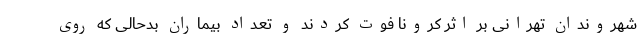
شهروندان تهرانی بر اثر کرونا فوت کردند و تعداد بیماران بدحالی که روی